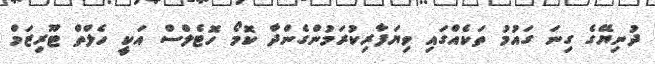
ދުނިޔޭގެ ގިނަ ގައުމު ތަކެއްގައި ވިޔަފާރިކުރަމުންގެންދާ ކޮމޯ ހޮޓެލްސް އަކީ ހެލްތް ޓޫރިޒަމް